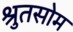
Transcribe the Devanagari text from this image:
श्रुतसोम